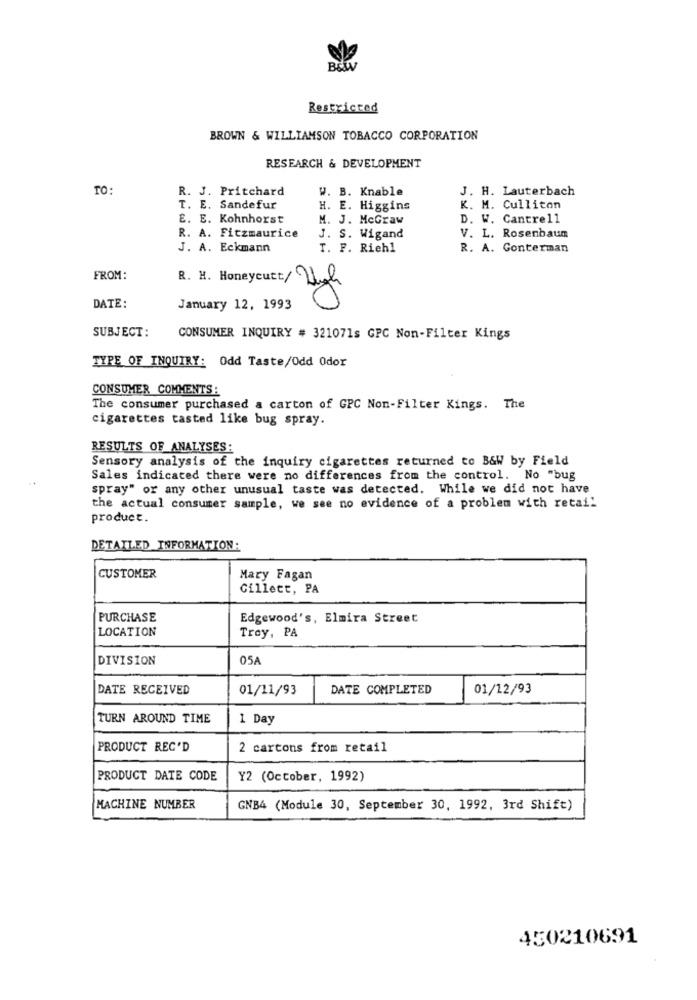
Restricted
BROWN & WILLIAMSON TOBACCO CORPORATION
RESEARCH & DEVELOPMENT
TO:
R. J. Pritchard
W. B. Knable
J. H. Lauterbach
T. E. Sandefur
H. E. Higgins
K. M. Culliton
E. E. Kohnhorst
M. J. McGraw
D. W. Cantrell
R. A. Fitzmaurice
J. S. Wigand
V. L. Rosenbaum
J. A. Eckmann
T. F. Riehl
R. A. Conterman
FROM:
R. M. Honeycutt/ High
DATE:
January 12, 1993
SUBJECT:
CONSUMER INQUIRY # 321071s GPC Non-Filter Kings
TYPE OF INQUIRY: Odd Taste/Odd Odor
CONSUMER COMMENTS:
The consumer purchased a carton of GPC Non-Filter Kings. The
cigarettes tasted like bug spray.
RESULTS OF ANALYSES:
Sensory analysis of the inquiry cigarettes returned to B&W by Field
Sales indicated there were no differences from the control. No "bug
spray" or any other unusual taste was detected. While we did not have
the actual consumer sample, we see no evidence of a problem with retai!
product.
DETAILED INFORMATION:
CUSTOMER
Mary Fagan
Gillett, PA
PURCHASE
Edgewood's, Elmira Street
LOCATION
Troy, PA
DIVISION
05A
DATE RECEIVED
01/11/93
DATE COMPLETED
01/12/93
TURN AROUND TIME
1 Day
PRODUCT REC'D
2 cartons from retail
PRODUCT DATE CODE
Y2 (October, 1992)
MACHINE NUMBER
GNB4 (Module 30, September 30, 1992, 3rd Shift)
450210691